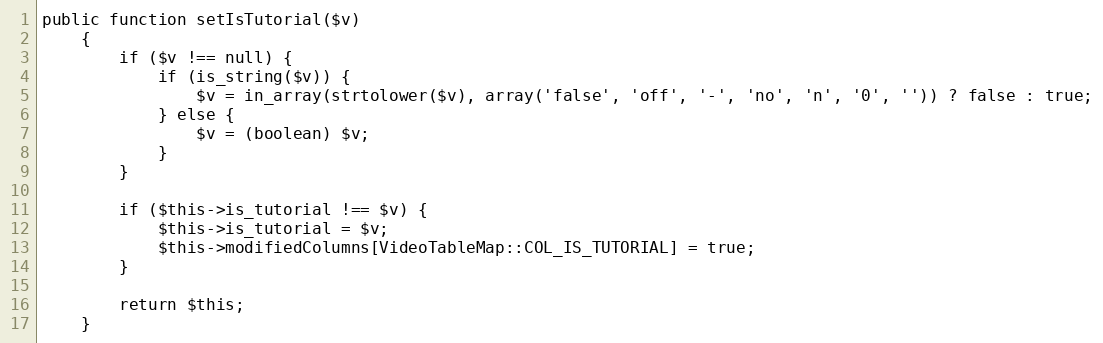
Language: PHP
public function setIsTutorial($v)
    {
        if ($v !== null) {
            if (is_string($v)) {
                $v = in_array(strtolower($v), array('false', 'off', '-', 'no', 'n', '0', '')) ? false : true;
            } else {
                $v = (boolean) $v;
            }
        }

        if ($this->is_tutorial !== $v) {
            $this->is_tutorial = $v;
            $this->modifiedColumns[VideoTableMap::COL_IS_TUTORIAL] = true;
        }

        return $this;
    }